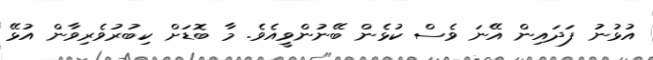
އުޅުނު ފަދައިން އޭނަ ވެސް ކުޅެން ބޭނުންވީއެވެ. މާ ބޮޑަށް ކިބުރުވެރިވާން އުޅޭ